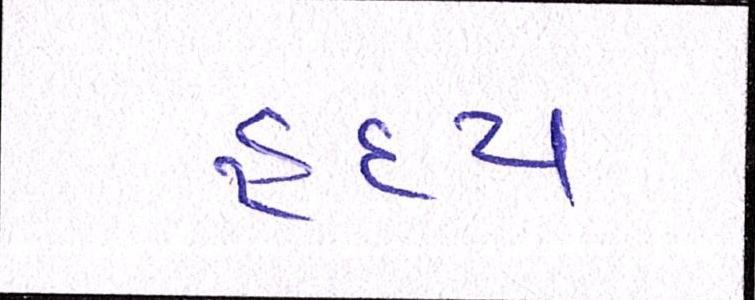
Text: હૃદય